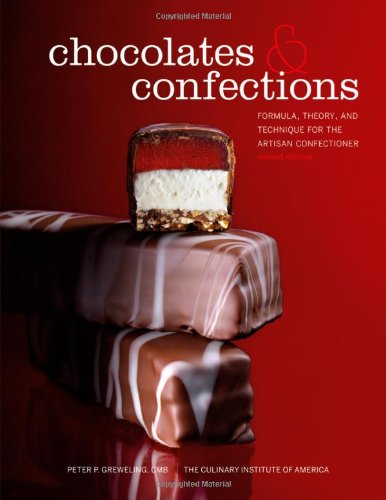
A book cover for Chocolates and Confections: Formula, Theory, and Technique for the Artisan Confectioner; Peter P. Greweling; Cookbooks, Food & Wine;